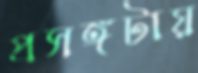
প্রসঙ্গটায়